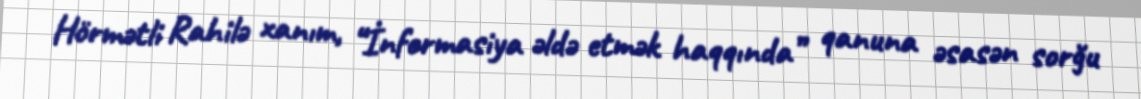
Hörmətli Rahilə xanım, “İnformasiya əldə etmək haqqında” qanuna əsasən sorğu